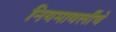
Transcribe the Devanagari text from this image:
नियमावलींचे